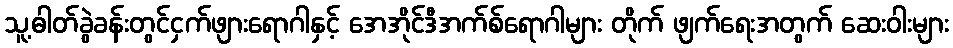
သူ့ဓါတ်ခွဲခန်းတွင်ငှက်ဖျားရောဂါနှင့် အေအိုင်ဒီအက်စ်ရောဂါများ တိုက် ဖျက်ရေးအတွက် ဆေးဝါးများ